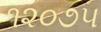
૧૨૦૭૫